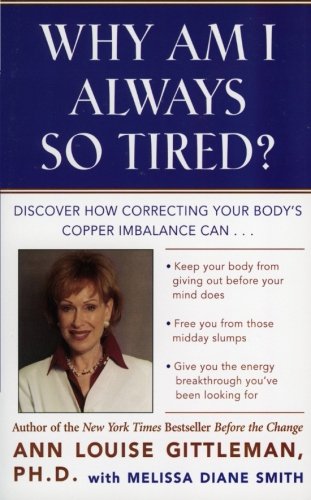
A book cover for Why Am I Always So Tired?: Discover How Correcting Your Body's Copper Imbalance Can * Keep Your Body From Giving Out Before Your Mind Does *Free You ... Energy Breakthrough You've Been Looking For; Ann Louise Gittleman; Health, Fitness & Dieting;